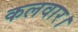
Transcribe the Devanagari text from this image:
कलवार।